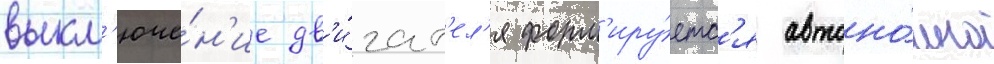
выкл'юче́н'ие дв'и́гат'ел'я форм'иру́етс'я автоно́мно